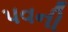
પવની